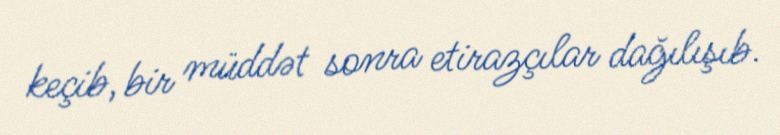
keçib, bir müddət sonra etirazçılar dağılışıb.